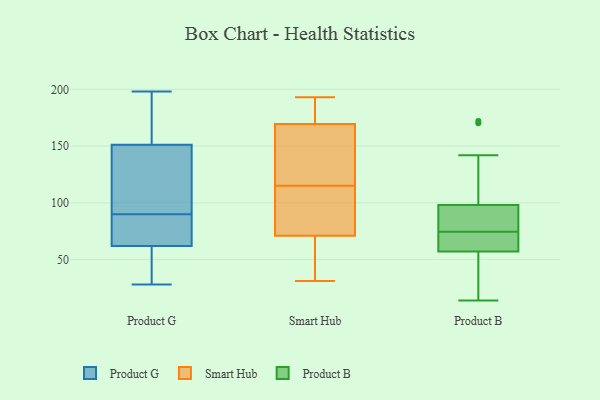
{"axis": {"x": "Page Views", "y": "Value"}, "legend": ["Product B", "Product G", "Smart Hub"], "data": [{"x": "", "y": 31, "type": "Product G"}, {"x": "", "y": 62, "type": "Product G"}, {"x": "", "y": 62, "type": "Product G"}, {"x": "", "y": 171, "type": "Product G"}, {"x": "", "y": 86, "type": "Product G"}, {"x": "", "y": 198, "type": "Product G"}, {"x": "", "y": 35, "type": "Product G"}, {"x": "", "y": 129, "type": "Product G"}, {"x": "", "y": 90, "type": "Product G"}, {"x": "", "y": 146, "type": "Product G"}, {"x": "", "y": 164, "type": "Product G"}, {"x": "", "y": 85, "type": "Product G"}, {"x": "", "y": 28, "type": "Product G"}, {"x": "", "y": 153, "type": "Product G"}, {"x": "", "y": 99, "type": "Product G"}, {"x": "", "y": 193, "type": "Smart Hub"}, {"x": "", "y": 113, "type": "Smart Hub"}, {"x": "", "y": 31, "type": "Smart Hub"}, {"x": "", "y": 185, "type": "Smart Hub"}, {"x": "", "y": 51, "type": "Smart Hub"}, {"x": "", "y": 163, "type": "Smart Hub"}, {"x": "", "y": 135, "type": "Smart Hub"}, {"x": "", "y": 91, "type": "Smart Hub"}, {"x": "", "y": 42, "type": "Smart Hub"}, {"x": "", "y": 93, "type": "Smart Hub"}, {"x": "", "y": 149, "type": "Smart Hub"}, {"x": "", "y": 183, "type": "Smart Hub"}, {"x": "", "y": 117, "type": "Smart Hub"}, {"x": "", "y": 103, "type": "Smart Hub"}, {"x": "", "y": 37, "type": "Smart Hub"}, {"x": "", "y": 176, "type": "Smart Hub"}, {"x": "", "y": 75, "type": "Product B"}, {"x": "", "y": 81, "type": "Product B"}, {"x": "", "y": 74, "type": "Product B"}, {"x": "", "y": 59, "type": "Product B"}, {"x": "", "y": 57, "type": "Product B"}, {"x": "", "y": 97, "type": "Product B"}, {"x": "", "y": 170, "type": "Product B"}, {"x": "", "y": 48, "type": "Product B"}, {"x": "", "y": 142, "type": "Product B"}, {"x": "", "y": 77, "type": "Product B"}, {"x": "", "y": 28, "type": "Product B"}, {"x": "", "y": 14, "type": "Product B"}, {"x": "", "y": 119, "type": "Product B"}, {"x": "", "y": 172, "type": "Product B"}, {"x": "", "y": 53, "type": "Product B"}, {"x": "", "y": 65, "type": "Product B"}, {"x": "", "y": 64, "type": "Product B"}, {"x": "", "y": 98, "type": "Product B"}]}